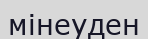
мінеуден